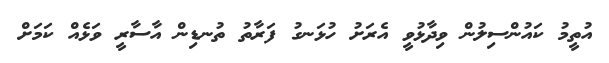
އުތީމު ކައުންސިލުން ވިދާޅުވީ އެރަށު ހުޅަނގު ފަރާތު ތުނޑިން އާސާރީ ވަޅެއް ކަމަށް